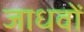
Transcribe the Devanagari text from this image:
जाधवों